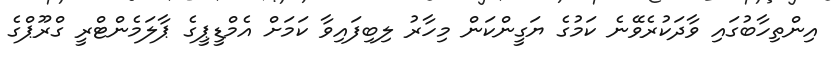
އިންތިހާބުގައި ވާދަކުރެވޭނެ ކަމުގެ ޔަގީންކަން މިހާރު ލިބިފައިވާ ކަމަށް އެމްޑީޕީގެ ޕާލަމެންޓްރީ ގްރޫޕްގެ